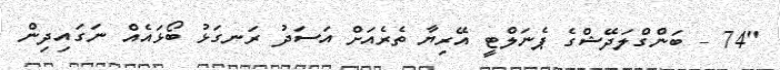
"74 - ބަންގްލަދޭޝްގެ ޕެނަލްޓީ އޭރިޔާ ތެރެއަށް އަސަދު ރަނގަޅު ބޯޅައެއް ނަގައިދިން